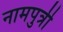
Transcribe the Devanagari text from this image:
नामपुत्री